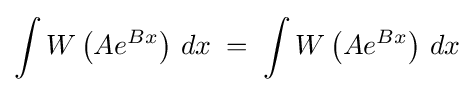
\int W\left(Ae^{Bx}\right)\,dx\;=\;\int W\left(Ae^{Bx}\right)\,dx